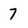
Character: 7